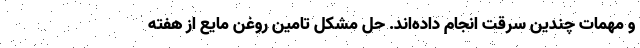
و مهمات چندین سرقت انجام داده‌اند. حل مشکل تامین روغن مایع از هفته